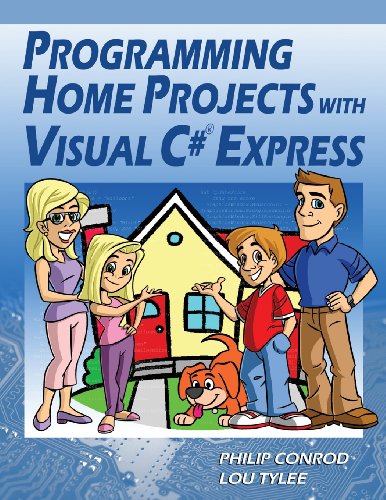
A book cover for Programming Home Projects with Visual C# Express; Philip Conrod; Children's Books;